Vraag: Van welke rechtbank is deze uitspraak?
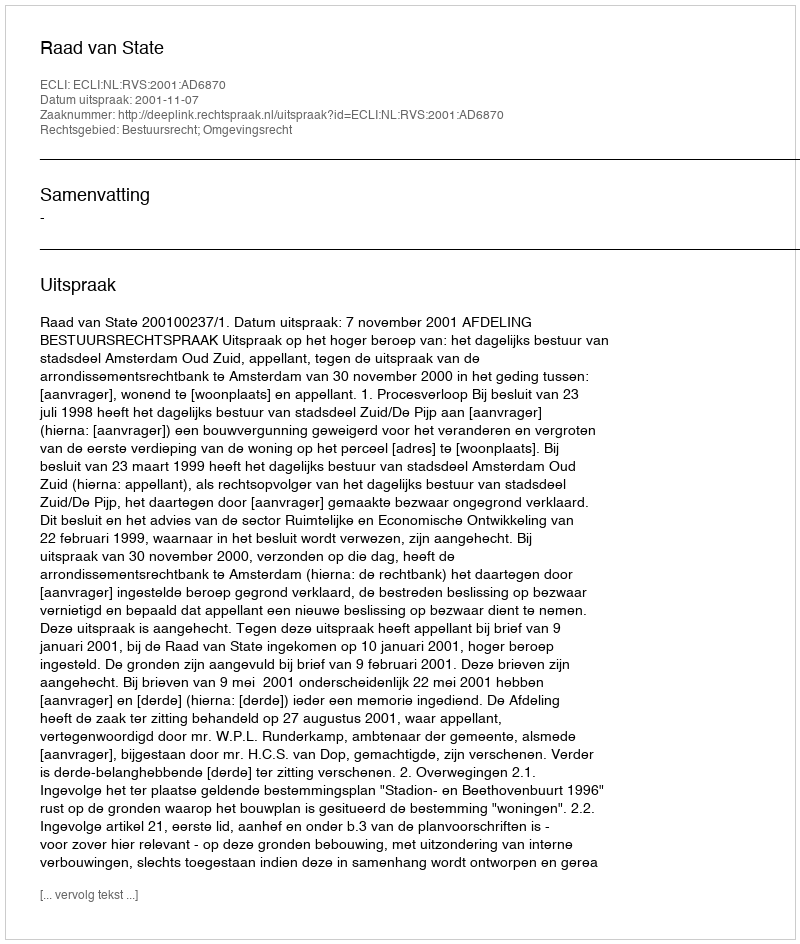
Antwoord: Raad van State